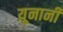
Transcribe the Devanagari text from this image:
य़ूनानी